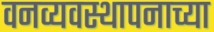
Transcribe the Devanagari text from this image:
वनव्यवस्थापनाच्या